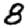
Digit: 8